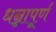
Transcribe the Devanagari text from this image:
धन्नापूर्ण